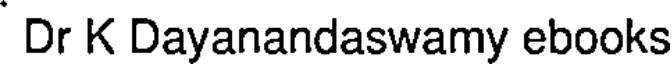
Dr K Dayanandaswamy ebooks